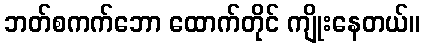
ဘတ်စကက်ဘော ထောက်တိုင် ကျိုးနေတယ်။